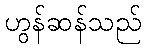
ဟွန်ဆန်သည်